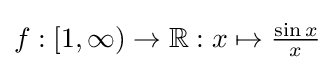
{\textstyle f:[1,\infty )\to \mathbb {R} :x\mapsto {\frac {\sin x}{x}}}